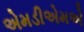
એમડીએમએ